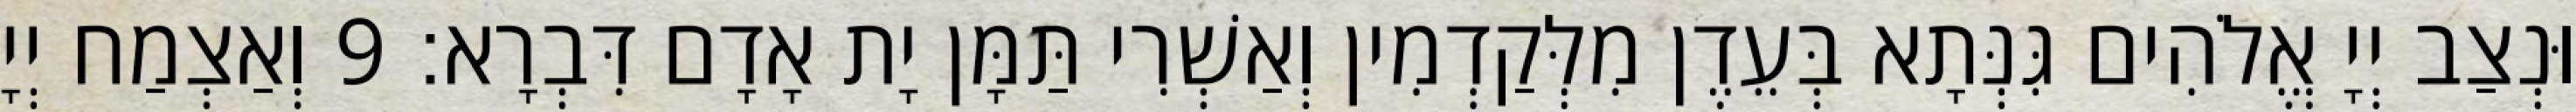
וּנְצַב יְיָ אֱלֹהִים גִּנְּתָא בְּעֵדֶן מִלְּקַדְמִין וְאַשְׁרִי תַּמָּן יָת אָדָם דִּבְרָא׃ 9 וְאַצְמַח יְיָ